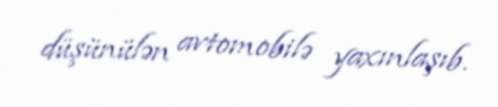
düşünülən avtomobilə yaxınlaşıb.